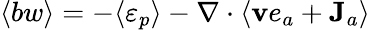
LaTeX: \langle bw\rangle=-\langle\varepsilon_{p}\rangle-\nabla\cdot\langle{\mathbf v}e_{a}+{\mathbf J}_{a}\rangle